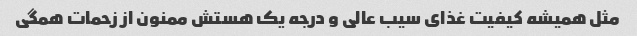
مثل همیشه کیفیت غذای سیب عالی و درجه یک هستش ممنون از زحمات همگی